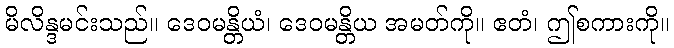
မိလိန္ဒမင်းသည်။ ဒေဝမန္တိယံ၊ ဒေဝမန္တိယ အမတ်ကို။ ဧတံ၊ ဤစကားကို။